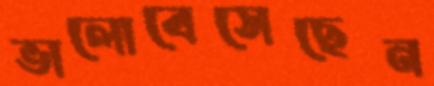
ভালোবেসেছেন